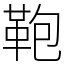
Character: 鞄